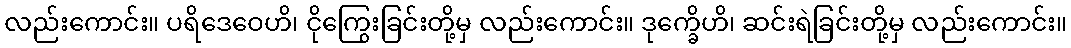
လည်းကောင်း။ ပရိဒေဝေဟိ၊ ငိုကြွေးခြင်းတို့မှ လည်းကောင်း။ ဒုက္ခေိဟိ၊ ဆင်းရဲခြင်းတို့မှ လည်းကောင်း။